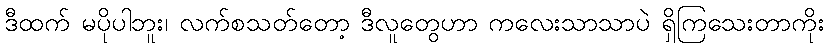
ဒီထက် မပိုပါဘူး၊ လက်စသတ်တော့ ဒီလူတွေဟာ ကလေးသာသာပဲ ရှိကြသေးတာကိုး